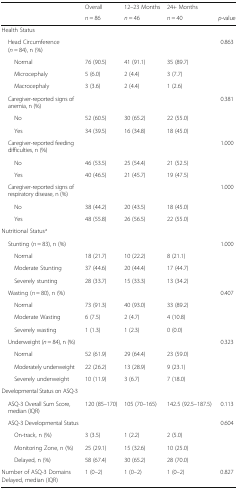
<table><thead><tr><td></td><td><b>Overall</b></td><td><b>12–23 Months</b></td><td><b>24+ Months</b></td><td></td></tr><tr><td></td><td><b><i>n</i> = 86</b></td><td><b><i>n</i> = 46</b></td><td><b><i>n</i> = 40</b></td><td><b><i>p</i>-value</b></td></tr></thead><tbody><tr><td colspan="5">Health Status</td></tr><tr><td> Head Circumference (<i>n</i> = 84), n (%)</td><td></td><td></td><td></td><td>0.863</td></tr><tr><td>Normal</td><td>76 (90.5)</td><td>41 (91.1)</td><td>35 (89.7)</td><td></td></tr><tr><td>Microcephaly</td><td>5 (6.0)</td><td>2 (4.4)</td><td>3 (7.7)</td><td></td></tr><tr><td>Macrocephaly</td><td>3 (3.6)</td><td>2 (4.4)</td><td>1 (2.6)</td><td></td></tr><tr><td> Caregiver-reported signs of anemia, n (%)</td><td></td><td></td><td></td><td>0.381</td></tr><tr><td>No</td><td>52 (60.5)</td><td>30 (65.2)</td><td>22 (55.0)</td><td></td></tr><tr><td>Yes</td><td>34 (39.5)</td><td>16 (34.8)</td><td>18 (45.0)</td><td></td></tr><tr><td> Caregiver-reported feeding difficulties, n (%)</td><td></td><td></td><td></td><td>1.000</td></tr><tr><td>No</td><td>46 (53.5)</td><td>25 (54.4)</td><td>21 (52.5)</td><td></td></tr><tr><td>Yes</td><td>40 (46.5)</td><td>21 (45.7)</td><td>19 (47.5)</td><td></td></tr><tr><td> Caregiver-reported signs of respiratory disease, n (%)</td><td></td><td></td><td></td><td>1.000</td></tr><tr><td>No</td><td>38 (44.2)</td><td>20 (43.5)</td><td>18 (45.0)</td><td></td></tr><tr><td>Yes</td><td>48 (55.8)</td><td>26 (56.5)</td><td>22 (55.0)</td><td></td></tr><tr><td colspan="5">Nutritional Status<sup>a</sup></td></tr><tr><td> Stunting (<i>n</i> = 83), n (%)</td><td></td><td></td><td></td><td>1.000</td></tr><tr><td>Normal</td><td>18 (21.7)</td><td>10 (22.2)</td><td>8 (21.1)</td><td></td></tr><tr><td>Moderate Stunting</td><td>37 (44.6)</td><td>20 (44.4)</td><td>17 (44.7)</td><td></td></tr><tr><td>Severely stunting</td><td>28 (33.7)</td><td>15 (33.3)</td><td>13 (34.2)</td><td></td></tr><tr><td> Wasting (<i>n</i> = 80), n (%)</td><td></td><td></td><td></td><td>0.407</td></tr><tr><td>Normal</td><td>73 (91.3)</td><td>40 (93.0)</td><td>33 (89.2)</td><td></td></tr><tr><td>Moderate Wasting</td><td>6 (7.5)</td><td>2 (4.7)</td><td>4 (10.8)</td><td></td></tr><tr><td>Severely wasting</td><td>1 (1.3)</td><td>1 (2.3)</td><td>0 (0.0)</td><td></td></tr><tr><td> Underweight (<i>n</i> = 84), n (%)</td><td></td><td></td><td></td><td>0.323</td></tr><tr><td>Normal</td><td>52 (61.9)</td><td>29 (64.4)</td><td>23 (59.0)</td><td></td></tr><tr><td>Moderately underweight</td><td>22 (26.2)</td><td>13 (28.9)</td><td>9 (23.1)</td><td></td></tr><tr><td>Severely underweight</td><td>10 (11.9)</td><td>3 (6.7)</td><td>7 (18.0)</td><td></td></tr><tr><td colspan="5">Developmental Status on ASQ-3</td></tr><tr><td> ASQ-3 Overall Sum Score, median (IQR)</td><td>120 (85–170)</td><td>105 (70–165)</td><td>142.5 (92.5–187.5)</td><td>0.113</td></tr><tr><td> ASQ-3 Developmental Status</td><td></td><td></td><td></td><td>0.604</td></tr><tr><td>On-track, n (%)</td><td>3 (3.5)</td><td>1 (2.2)</td><td>2 (5.0)</td><td></td></tr><tr><td>Monitoring Zone, n (%)</td><td>25 (29.1)</td><td>15 (32.6)</td><td>10 (25.0)</td><td></td></tr><tr><td>Delayed, n (%)</td><td>58 (67.4)</td><td>30 (65.2)</td><td>28 (70.0)</td><td></td></tr><tr><td>Number of ASQ-3 Domains Delayed, median (IQR)</td><td>1 (0–2)</td><td>1 (0–2)</td><td>1 (0–2)</td><td>0.827</td></tr></tbody></table>